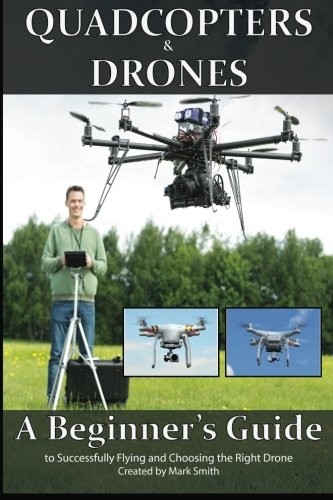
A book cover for Quadcopters and Drones: A Beginner's Guide to Successfully Flying and Choosing the Right Drone; Mark D Smith; Sports & Outdoors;